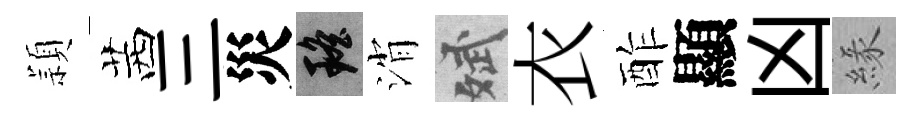
頴茜三災瑶消斌衣酢顯凶緣